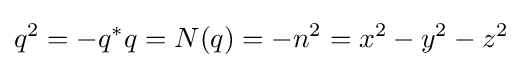
q^{2}=-q^{*}q=N(q)=-n^{2}=x^{2}-y^{2}-z^{2}